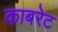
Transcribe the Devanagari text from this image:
काबरेट